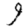
Digit: 9